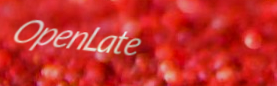
OpenLate